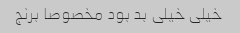
خیلی خیلی بد بود مخصوصا برنج